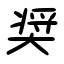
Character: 奨